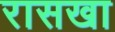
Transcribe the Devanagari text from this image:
रासखा